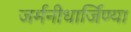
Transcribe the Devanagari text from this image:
जर्मनीधार्जिण्या